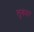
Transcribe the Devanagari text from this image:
लुकंदर